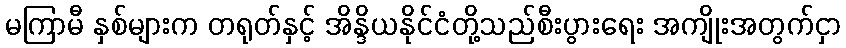
မကြာမီ နှစ်များက တရုတ်နှင့် အိန္ဒိယနိုင်ငံတို့သည်စီးပွားရေး အကျိုးအတွက်ငှာ